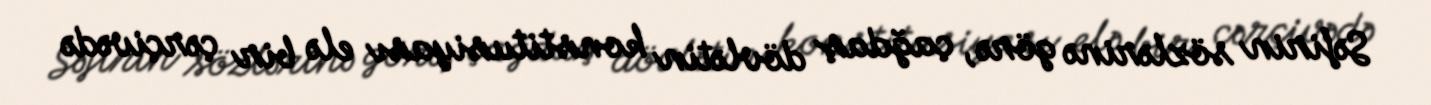
Səfirin sözlərinə görə, çağdaş dövlətin konstitusiyası elə bir çərçivədə